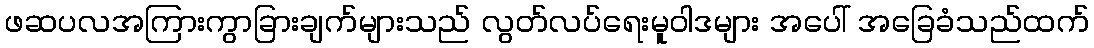
ဖဆပလအကြားကွာခြားချက်များသည် လွတ်လပ်ရေးမူဝါဒများ အပေါ် အခြေခံသည်ထက်